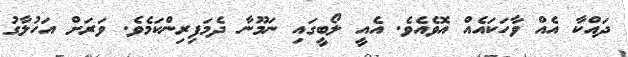
ދައްކާ އެއް ވާހަކައެއް އޮވެއެވެ. އެއީ ލޯބީގައި ނަމޫނާ ދެމަފިރިންކަމެވެ. ވަރަށް އަހުލާގު